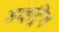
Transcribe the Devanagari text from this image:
डाइट्रिच